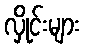
လှိုင်းများ